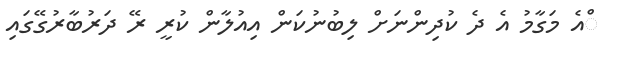
ްއެ މަގާމު އެ ދެ ކުދިންނަށް ލިބުނުކަން އިއުލާން ކުރީ ރޭ ދަރުބާރުގޭގައި